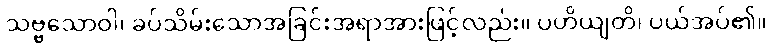
သဗ္ဗသောဝါ၊ ခပ်သိမ်းသောအခြင်းအရာအားဖြင့်လည်း။ ပဟိယျတိ၊ ပယ်အပ်၏။